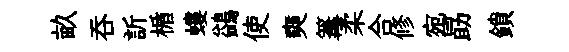
畝呑訢楯螻鷁使奭篝柔合修宛勗鎖